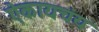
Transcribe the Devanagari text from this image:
ऐकायचंय